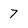
Character: 7